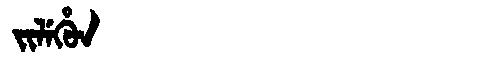
Manchu: ᠵᡳᠯᡝᡥᡠᠨ
Romanization: JILEHUN